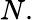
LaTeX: N.